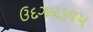
ઉદગમડલમ